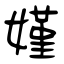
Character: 嫤